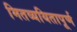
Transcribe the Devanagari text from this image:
मितव्ययितापूर्ण